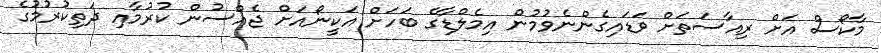
މާކޯސް އަށް ރިއާސަތަށް ވަޑައިގެންނެވުމުން އިމެލްޑާގެ ބަހަށް އަކީނޯއަށް ޖެއްސުން ކުރުމާއި ދަތިކުރުމުގެ